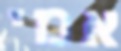
אמי